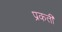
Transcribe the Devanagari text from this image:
प्रकती